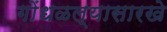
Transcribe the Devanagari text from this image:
गोंधळल्यासारखे